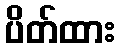
ပိတ်ထား